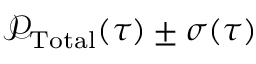
\mathcal { P } _ { \mathrm { T o t a l } } ( \tau ) \pm \sigma ( \tau )